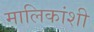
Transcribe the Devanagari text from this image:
मालिकांशी